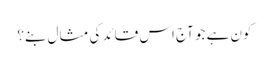
کون ہے جو آج اس قائد کی مثال بنے؟